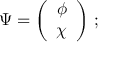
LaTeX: \Psi = \left( \begin{array} { c c } { { \phi } } \\ { { \chi } } \end{array} \right) \, ;